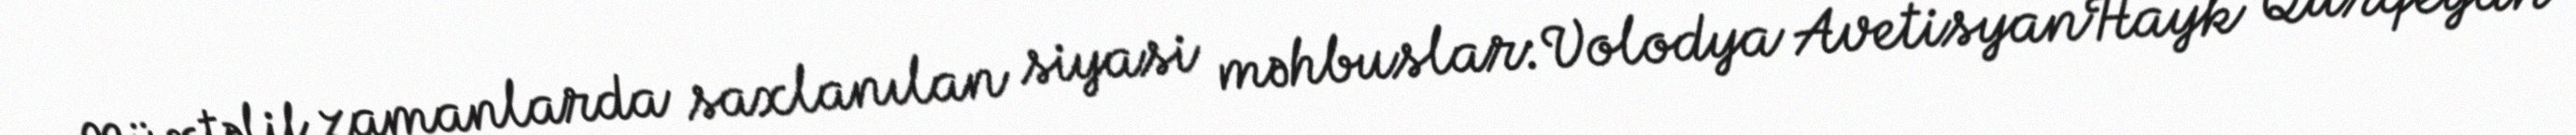
Müxtəlif zamanlarda saxlanılan siyasi məhbuslar:Volodya AvetisyanHayk Qurqeyan